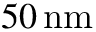
5 0 \, \mathrm { n m }